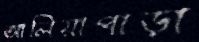
আলিয়াপাড়া